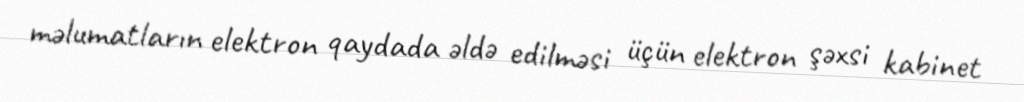
məlumatların elektron qaydada əldə edilməsi üçün elektron şəxsi kabinet